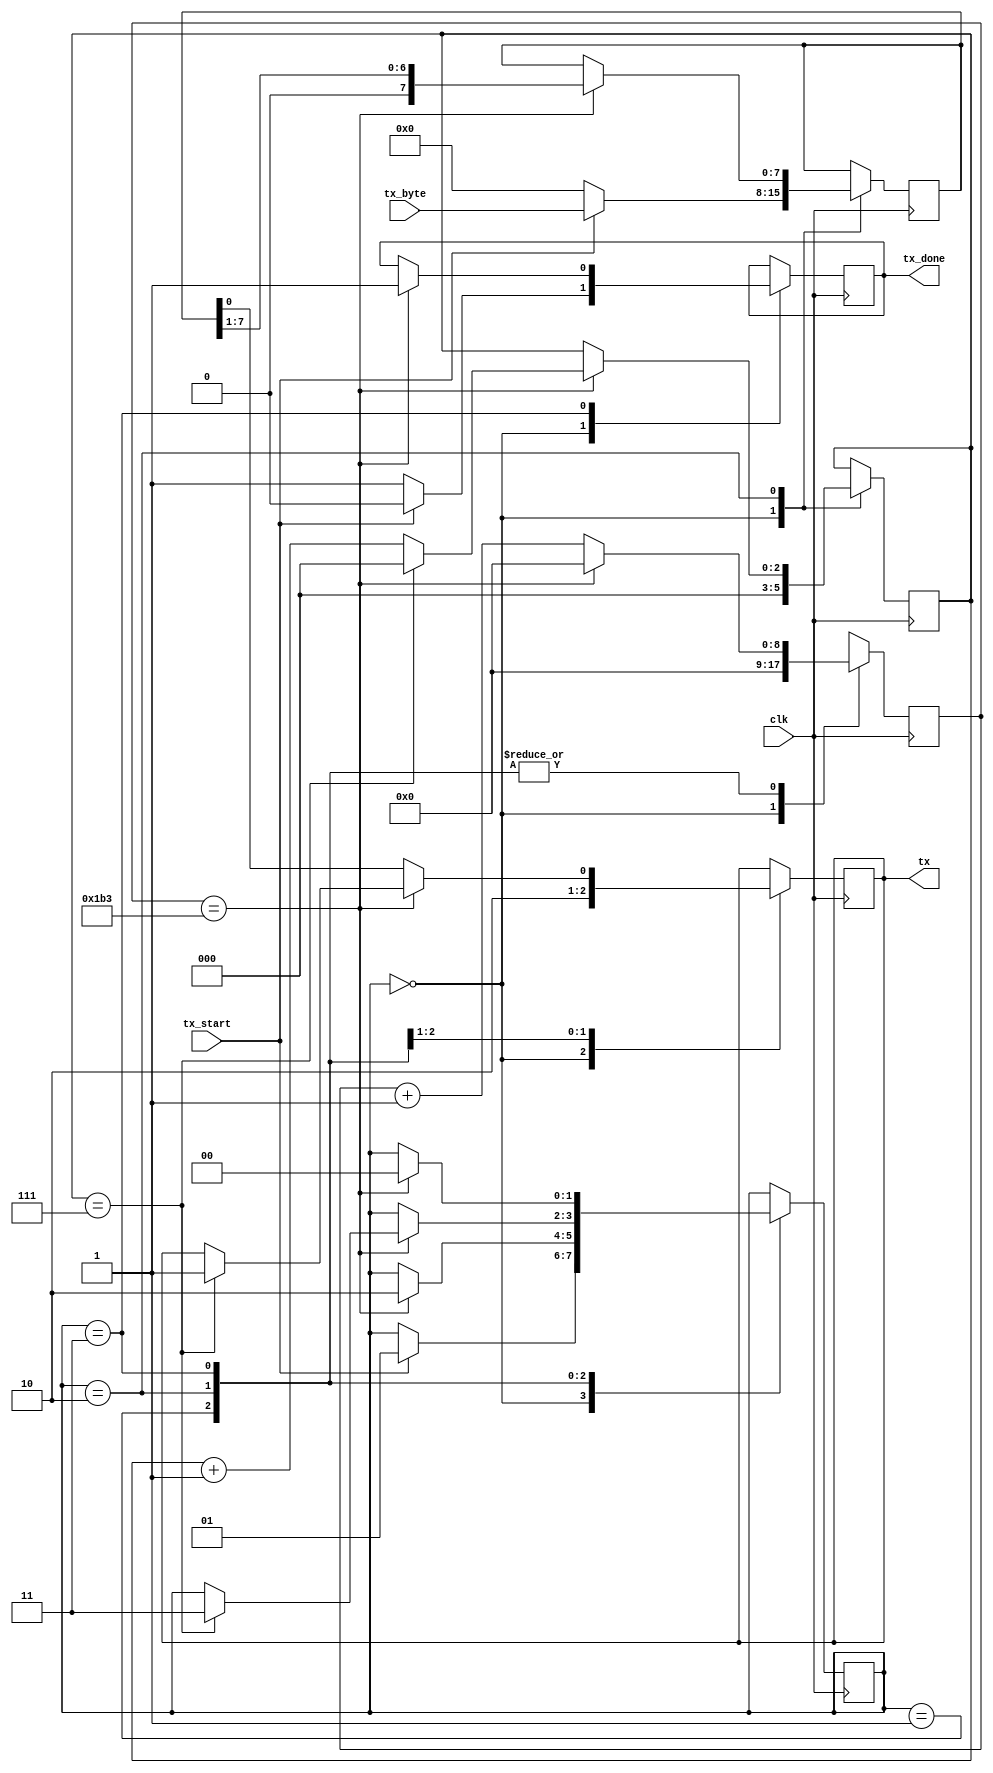
module uart_transmitter
(
    input clk,
    input tx_start,
    input [7:0] tx_byte,
    output tx,
    output tx_done
);

// Define uart reciever state items
reg [1:0] state;
localparam [1:0]
    IDLE  = 2'b00,
    START = 2'b01,
    DATA  = 2'b10,
    STOP  = 2'b11;

// Counter used to sample in the middle of a uart bit
// Baud rate of 115200: (50 MHz / 115200) = about 435 clk ticks per uart bit
reg [8:0] sample_counter;
localparam [8:0] BAUD_TICK = 9'd435;

// Reg that holds the recieved uart byte
reg [7:0] tx_byte_buffer;

// Define "done" flag for a sucessful byte transmission
reg tx_done_buffer;

// Define rx reg to connect to the output
reg tx_reg;

// Count number of recieved bits and stop at 1 byte (i.e. 8)
reg [2:0] tx_byte_counter;

initial
begin
    state = IDLE;
    tx_reg <= 1;
    tx_byte_buffer = 0;
    sample_counter = 0;
    tx_done_buffer = 1;
    tx_byte_counter = 0;
end

always@(posedge clk)
begin
    case (state)
    IDLE:
    begin
        tx_byte_buffer <= 0;
        sample_counter <= 0;
        tx_done_buffer <= 1;
        tx_byte_counter <= 0;
        tx_reg <= 1;

        if (tx_start)
        begin
            state <= START;
            tx_byte_buffer <= tx_byte;
            tx_done_buffer <= 0;
        end
    end
    START:
    begin
        tx_reg <= 0;

        // Initially offset by half baud tick to sample the middle of a data bit
        if (sample_counter == BAUD_TICK)
        begin
            state <= DATA;
            sample_counter <= 0;
        end
        else
            sample_counter <= sample_counter + 1;
    end
    DATA:
    begin
        if (sample_counter == BAUD_TICK)
        begin
            // Send out one bit from tx_byte_buffer and increment byte counter
            tx_byte_buffer <= tx_byte_buffer >> 1;
            tx_byte_counter <= tx_byte_counter + 1;
            
            // If 7th bit was recieved
            if (tx_byte_counter == 7)
            begin
                state <= STOP;
                tx_reg <= 1;
                tx_byte_counter <= 0;
            end

            // Clear sample counter
            sample_counter <= 0;
        end
        else
        begin
            tx_reg <= tx_byte_buffer[0];
            sample_counter <= sample_counter + 1;
        end
    end
    STOP:
    begin
        if (sample_counter == BAUD_TICK)
        begin
            // Clear sample counter and go back to IDLE state
            sample_counter <= 0;
            tx_done_buffer <= 1;
            state <= IDLE;
        end
        else
            sample_counter <= sample_counter + 1;
    end
    endcase
end

// Connect module outputs
assign tx = tx_reg;
assign tx_done = tx_done_buffer;

endmodule